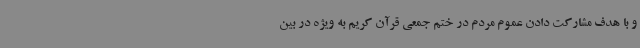
و با هدف مشارکت دادن عموم مردم در ختم جمعی قرآن کریم به ویژه در بین